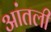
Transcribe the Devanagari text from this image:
आंतली